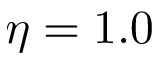
\eta = 1 . 0